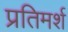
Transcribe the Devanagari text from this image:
प्रतिमर्श